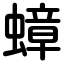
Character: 蟑